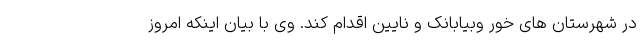
در شهرستان های خور وبیابانک و نایین اقدام کند. وی با بیان اینکه امروز